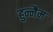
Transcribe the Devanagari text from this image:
हुन्नैम